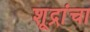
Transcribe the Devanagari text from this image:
शूद्रांचा